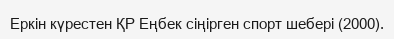
Еркін күрестен ҚР Еңбек сіңірген спорт шебері (2000).